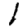
Digit: 1